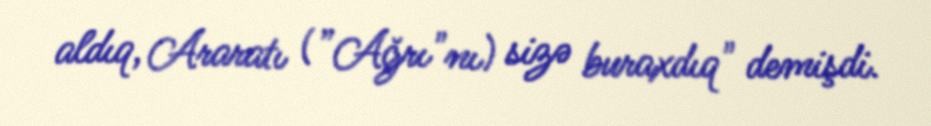
aldıq, Araratı (”Ağrı"nı) sizə buraxdıq" demişdi.